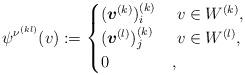
LaTeX: \begin{align*} \psi^{\nu^{(kl)}} (v):= \begin{cases} (\boldsymbol{v}^{(k)})^{(k)}_i &\; v\in W^{(k)},\\ (\boldsymbol{v}^{(l)})^{(k)}_j &\; v\in W^{(l)},\\ 0 & , \end{cases}\end{align*}